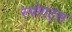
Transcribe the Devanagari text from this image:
स्पोएट्स